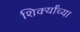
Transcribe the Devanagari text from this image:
शिर्क्यांच्या